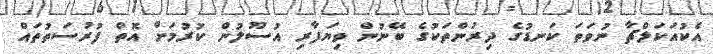
އެކުއަކަލްޗާ ނުވަތަ ކަނޑުގެ ދިރުންތަކުގެ ބޭނުން ވިޔަފާރި އުސޫލުން ކުރުމަށް އޮތް ފުރުސަތުތައް